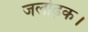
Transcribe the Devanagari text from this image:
जलोढ़क।